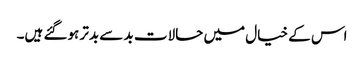
اس کے خیال میں حالات بد سے بدتر ہوگئے ہیں۔